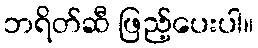
ဘရိတ်ဆီ ဖြည့်ပေးပါ။